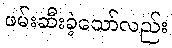
ဖမ်းဆီးခဲ့သော်လည်း